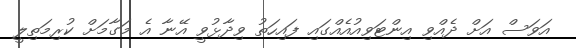
އަވަސް އަށް ދެއްވި އިންޓަވިއުއެއްގައި ފައިހަތު ވިދާޅުވީ އޭނާ އެ މަގާމަށް ކުރިމަތިލީ